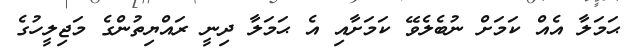
ޙަމަލާ އެއް ކަމަށް ނުބެލެވޭ ކަމަށާއި އެ ޙަމަލާ ދިނީ ރައްޔިތުންގެ މަޖިލީހުގެ